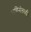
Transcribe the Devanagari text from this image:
ञाणिन्मेलकळि